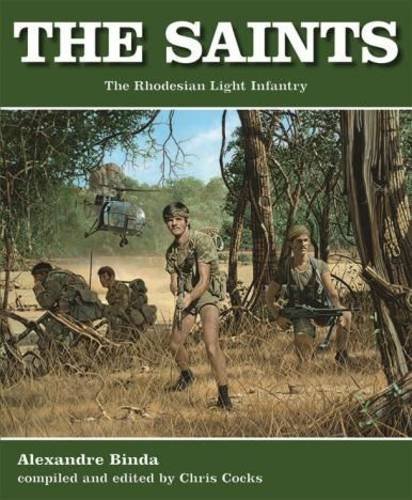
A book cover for The Saints: The Rhodesian Light Infantry; Alexander Binda; History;